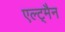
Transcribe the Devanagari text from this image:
एल्ट्मैन